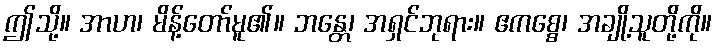
ဤသို့။ အာဟ၊ မိန့်တော်မူ၏။ ဘန္တေ၊ အရှင်ဘုရား။ ဧကစ္စေ၊ အချို့သူတို့ကို။